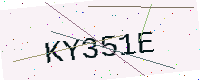
Text: KY351E